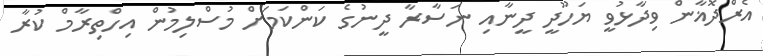
އެރްދޮޣާން ވިދާޅުވީ ޔަހޫދީ ދީނާއި ނަސާރާ ދީނުގެ ކަންކަމަށް މުސްލިމުން އިހްތިރާމް ކުރާ